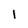
Character: 1